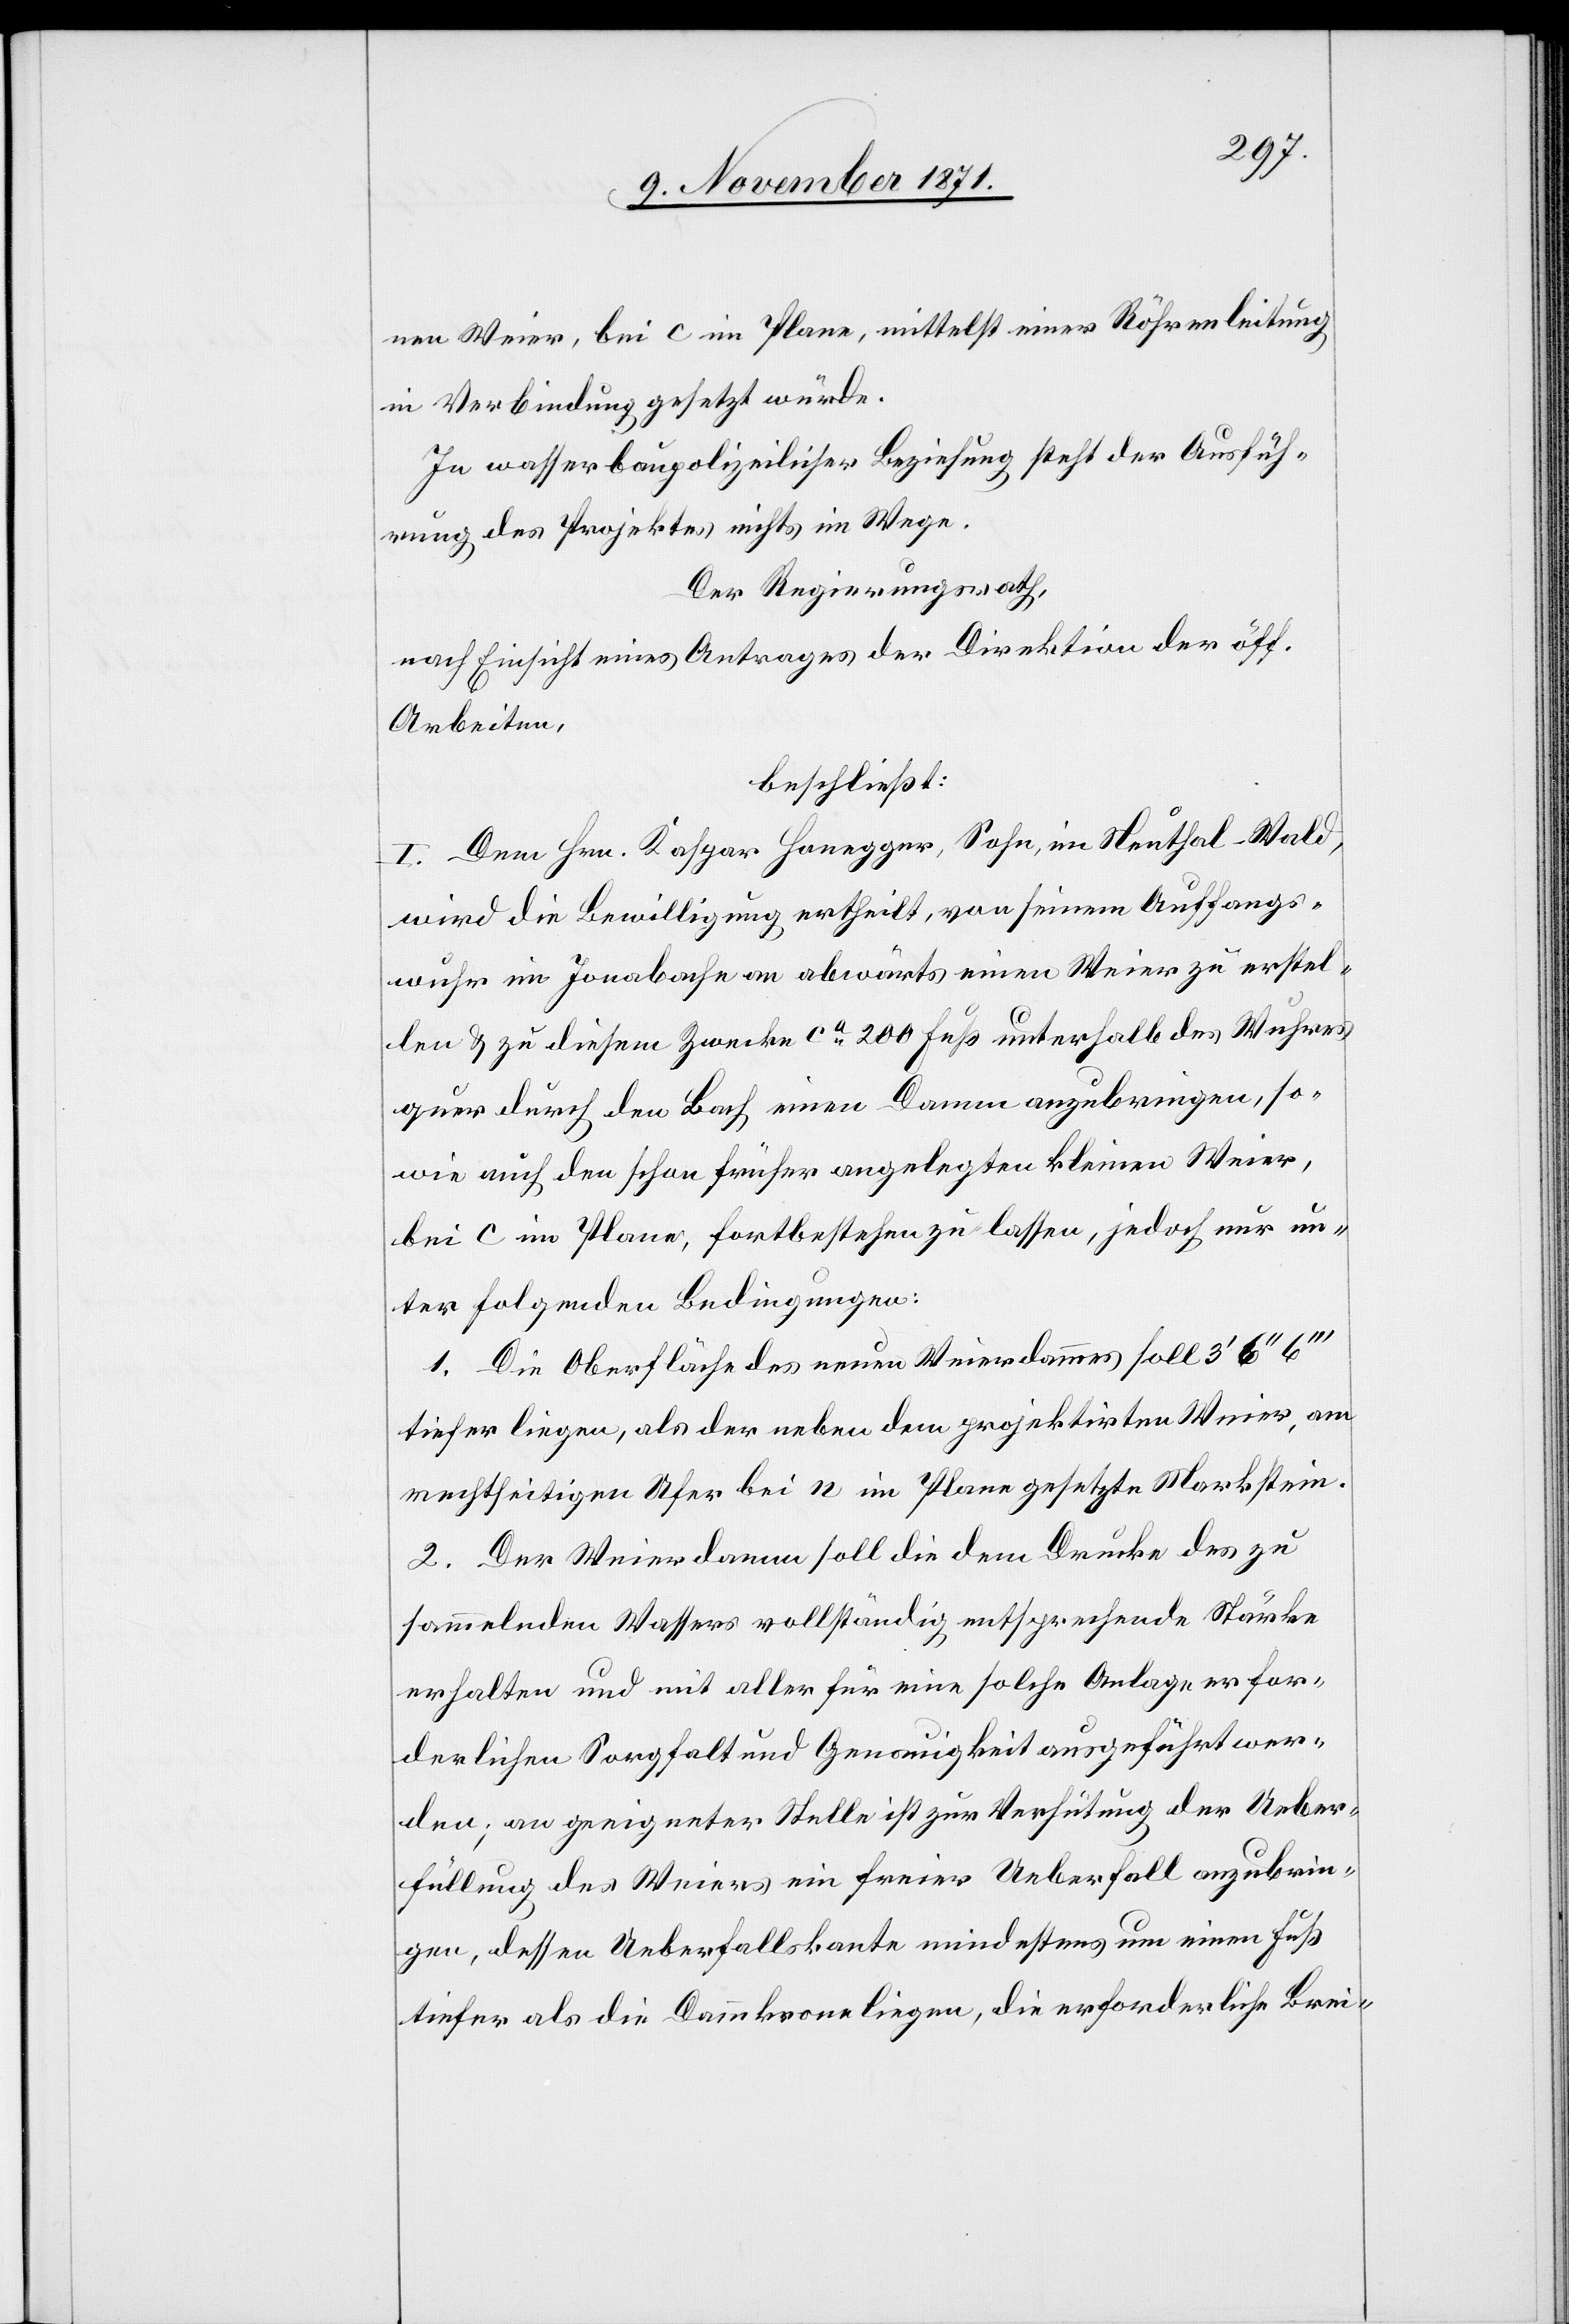
nen Weier, bei c im Plane, mittelst einer Röhrenleitung
in Verbindung gesetzt würde.
In wasserbaupolizeilicher Beziehung steht der Ausfüh¬
rung des Projektes nichts im Wege.
Der Regierungsrath,
nach Einsicht eines Antrages der Direktion der öff.
Arbeiten,
beschließt:
I. Dem Hrn. Kaspar Honegger, Sohn, in Neuthal-Wald,
wird die Bewilligung ertheilt, von seinem Auffangs¬
wuhr im Jonabache abwärts einen Weier zu erstel¬
len & zu diesem Zwecke ca 200 Fuß unterhalb des Wuhres
quer durch den Bach einen Damm anzubringen, so¬
wie auch den schon früher angelegten kleinen Weier,
bei c im Plane, fortbestehen zu lassen, jedoch nur un¬
ter folgenden Bedingungen:
1. Die Oberfläche des neuen Weierdammes soll 3’ 6’’
tiefer liegen, als der neben dem projektirten Weier, am
rechtseitigen Ufer bei n im Plane gesetzte Markstein.
2. Der Weierdamm soll die dem Drucke des zu
sammelnden Wassers vollständig entsprechende Stärke
erhalten und mit aller für eine solche Anlage erfor¬
derlichen Sorgfalt und Genauigkeit ausgeführt wer¬
den; an geeigneter Stelle ist zur Verhütung der Ueber¬
füllung des Weiers ein freier Ueberfall anzubrin¬
gen, dessen Ueberfallskante mindestens um einen Fuß
tiefer als die Dammkrone liegen; die erforderliche Brei-